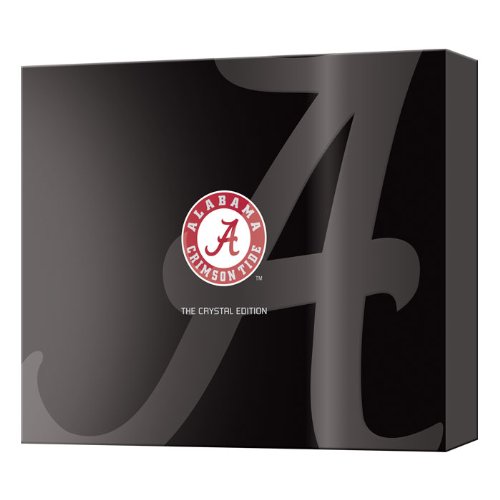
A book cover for Alabama's National Championships: The Crystal Edition; Kent Gidley; Arts & Photography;